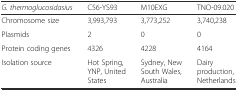
<table><thead><tr><td><b><i>G. thermoglucosidasius</i></b></td><td><b>C56-YS93</b></td><td><b>M10EXG</b></td><td><b>TNO-09.020</b></td></tr></thead><tbody><tr><td>Chromosome size</td><td>3,993,793</td><td>3,773,252</td><td>3,740,238</td></tr><tr><td>Plasmids</td><td>2</td><td>0</td><td>0</td></tr><tr><td>Protein coding genes</td><td>4326</td><td>4228</td><td>4164</td></tr><tr><td>Isolation source</td><td>Hot Spring, YNP, United States</td><td>Sydney, New South Wales, Australia</td><td>Dairy production, Netherlands</td></tr></tbody></table>